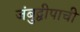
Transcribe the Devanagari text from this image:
जंबुद्वीपाची